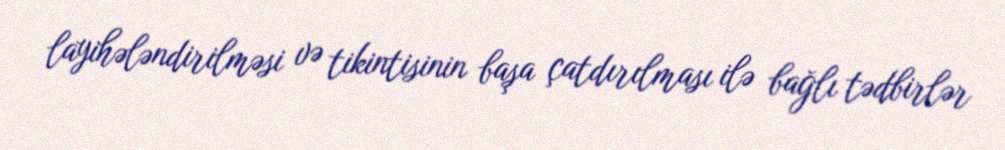
layihələndirilməsi və tikintisinin başa çatdırılması ilə bağlı tədbirlər